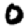
Digit: 0